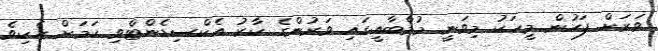
ވަރަށް ފަހުން މީހަކު މިވަނީ މުމްބާއީގައި ވަރުންގެ ކާރު އެކްސިޑެންޓްވި ކަމަށް ހެކިވެ